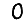
Digit: 0